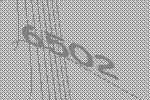
6502